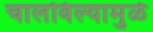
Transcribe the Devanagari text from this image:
चालविल्यामुळे